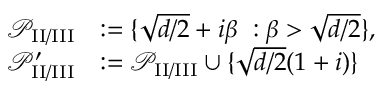
\begin{array} { r l } { { \ensuremath { \mathcal P } } _ { \mathrm { I I / I I I } } } & { : = \{ \sqrt { d / 2 } + i \beta \ : \beta > \sqrt { d / 2 } \} , } \\ { { \ensuremath { \mathcal P } } _ { \mathrm { I I / I I I } } ^ { \prime } } & { : = { \ensuremath { \mathcal P } } _ { \mathrm { I I / I I I } } \cup \{ \sqrt { d / 2 } ( 1 + i ) \} } \end{array}